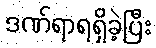
ဒဏ်ရာရရှိခဲ့ပြီး